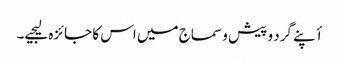
أپنے گرد و پیش و سماج میں اس کا جائزہ لیجیے۔